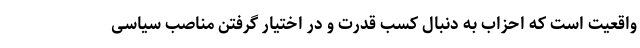
واقعیت است که احزاب به دنبال کسب قدرت و در اختیار گرفتن مناصب سیاسی